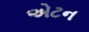
એટન